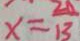
x = \frac { 2 0 } { 1 3 }